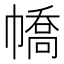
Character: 𢄹